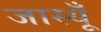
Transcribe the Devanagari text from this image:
जास्यूँ